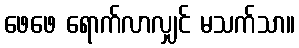
ဖေဖေ ရောက်လာလျှင် မသက်သာ။